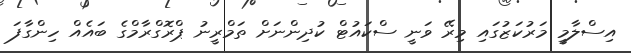
އިސްލާމީ މަރުކަޒުގައި މިރޭ ވަނީ ސްކައުޓް ކުދިންނަށް ތަމްރީނު ޕްރޮގްރާމްގެ ބައެއް ހިންގާފަ